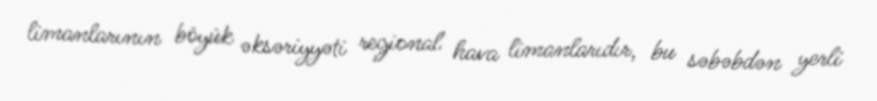
limanlarının böyük əksəriyyəti regional hava limanlarıdır, bu səbəbdən yerli